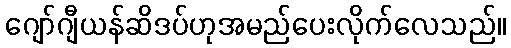
ဂျော်ဂျီယန်ဆိဒပ်ဟုအမည်ပေးလိုက်လေသည်။